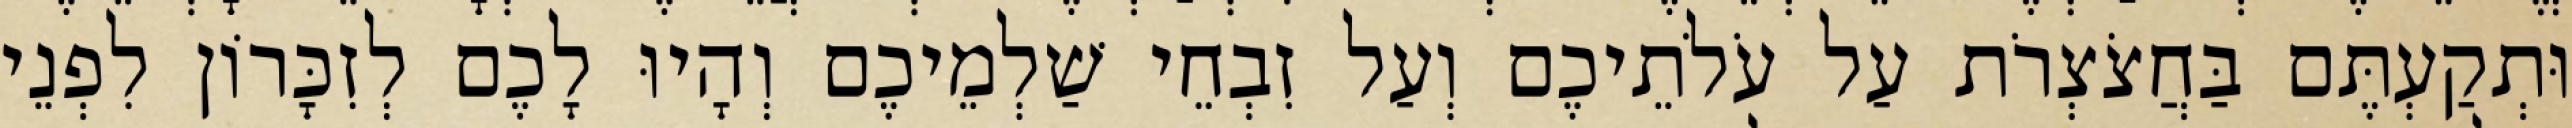
וּתְקַעְתֶּם בַּחֲצֹצְרֹת עַל עֹלֹתֵיכֶם וְעַל זִבְחֵי שַׁלְמֵיכֶם וְהָיוּ לָכֶם לְזִכָּרוֹן לִפְנֵי